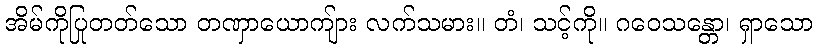
အိမ်ကိုပြုတတ်သော တဏှာယောကျ်ား လက်သမား။ တံ၊ သင့်ကို။ ဂဝေသန္တော၊ ရှာသော